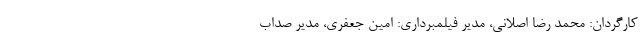
کارگردان: محمد رضا اصلانی، مدیر فیلمبرداری: امین جعفری، مدیر صداب